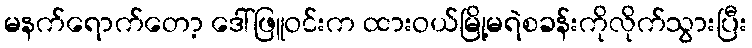
မနက်ရောက်တော့ ဒေါ်ဖြူဝင်းက ထားဝယ်မြို့မရဲစခန်းကိုလိုက်သွားပြီး